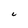
Character: 6